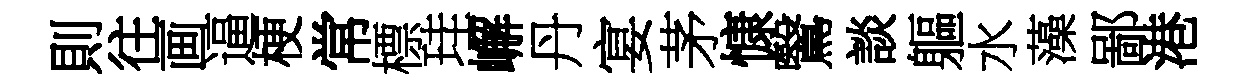
則往画逼梗常標珪嶰丹宴茅慷鷖談軀水藻鄙港